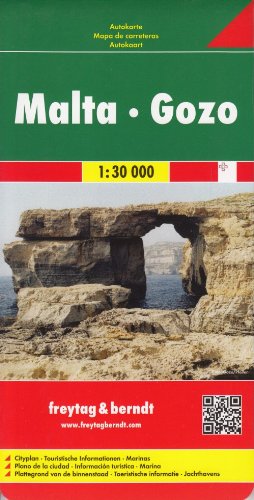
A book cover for Malta Map (English, French, Italian and German Edition); Freytag & Berndt; Travel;